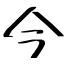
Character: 今